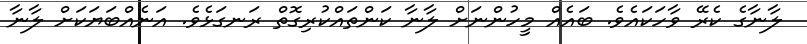
ލާނާގެ ކެރޭ ވާހަކައެވެ. ބައެއް މީހުންނަށް ލާނާ ކަންތައްކުރިގޮތް ރަނގަޅެވެ. އަނެއްބަޔަކަށް ލާނާ